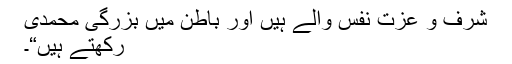
شرف و عزتِ نفس والے ہیں اور باطن میں بزرگیِ محمدی
رکھتے ہیں“۔